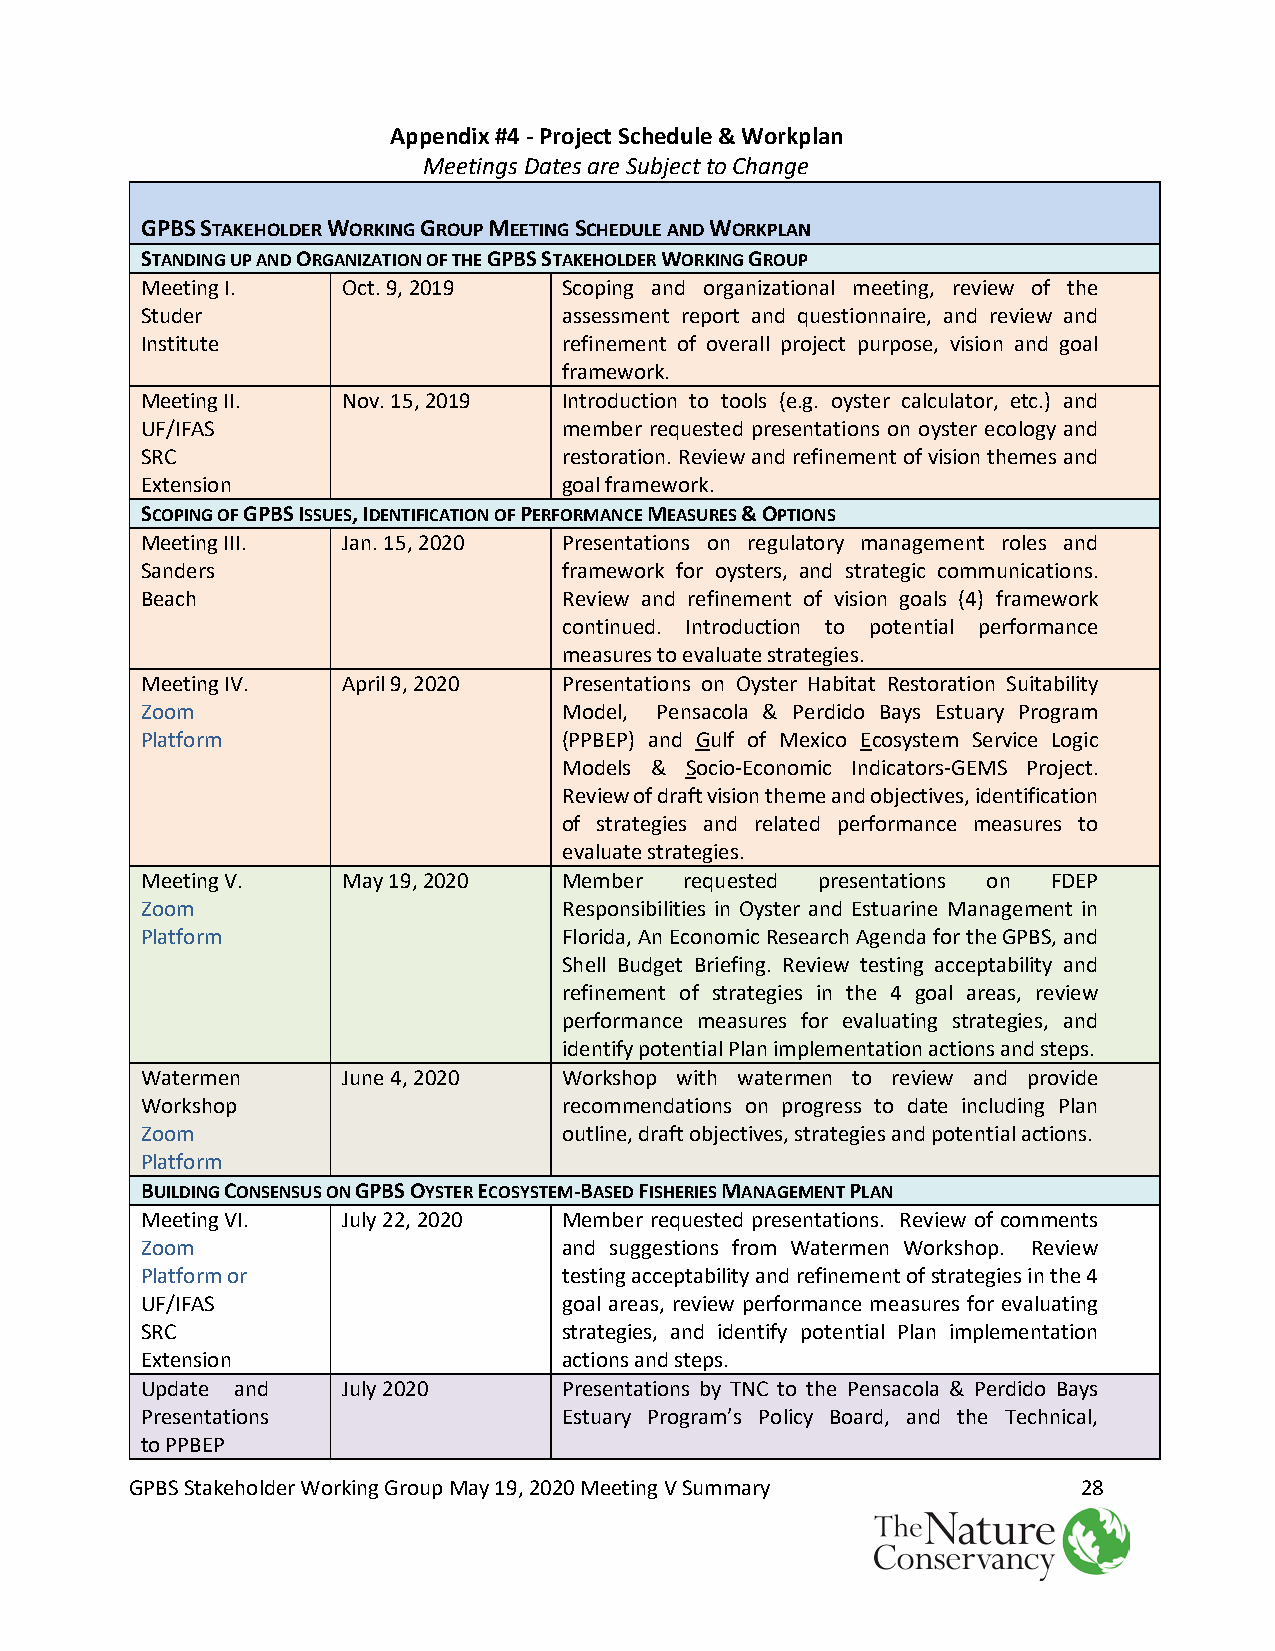
Appendix #4 - Project Schedule & Workplan
 Meetings Dates are Subject to Change
 GPBS STAKEHOLDER WORKING GROUP MEETING SCHEDULE AND WORKPLAN
 STANDING UP AND ORGANIZATION OF THE GPBS STAKEHOLDER WORKING GROUP
 Meeting I.    Oct. 9, 2019  Scoping and organizational meeting, review of the
 Studer                      assessment report and questionnaire, and review and
 Institute                   refinement of overall project purpose, vision and goal
 framework.
 Meeting II.   Nov. 15, 2019 Introduction to tools (e.g. oyster calculator, etc.) and
 UF/IFAS                     member requested presentations on oyster ecology and
 SRC                         restoration. Review and refinement of vision themes and
 Extension                   goal framework.
 SCOPING OF GPBS ISSUES, IDENTIFICATION OF PERFORMANCE MEASURES & OPTIONS
 Meeting III.  Jan. 15, 2020 Presentations on regulatory management roles and
 Sanders                     framework for oysters, and strategic communications.
 Beach                       Review and refinement of vision goals (4) framework
 continued. Introduction to potential performance
 measures to evaluate strategies.
 Meeting IV.   April 9, 2020 Presentations on Oyster Habitat Restoration Suitability
 Zoom                        Model, Pensacola & Perdido Bays Estuary Program
 Platform                    (PPBEP) and Gulf of Mexico Ecosystem Service Logic
 Models & Socio-Economic Indicators-GEMS Project.
 Review of draft vision theme and objectives, identification
 of strategies and related performance measures to
 evaluate strategies.
 Meeting V.    May 19, 2020  Member  requested presentations on FDEP
 Zoom                        Responsibilities in Oyster and Estuarine Management in
 Platform                    Florida, An Economic Research Agenda for the GPBS, and
 Shell Budget Briefing. Review testing acceptability and
 refinement of strategies in the 4 goal areas, review
 performance measures for evaluating strategies, and
 identify potential Plan implementation actions and steps.
 Watermen      June 4, 2020  Workshop with watermen to review and provide
 Workshop                    recommendations on progress to date including Plan
 Zoom                        outline, draft objectives, strategies and potential actions.
 Platform
 BUILDING CONSENSUS ON GPBS OYSTER ECOSYSTEM-BASED FISHERIES MANAGEMENT PLAN
 Meeting VI.   July 22, 2020 Member requested presentations. Review of comments
 Zoom                        and suggestions from Watermen Workshop. Review
 Platform or                 testing acceptability and refinement of strategies in the 4
 UF/IFAS                     goal areas, review performance measures for evaluating
 SRC                         strategies, and identify potential Plan implementation
 Extension                   actions and steps.
 Update and    July 2020     Presentations by TNC to the Pensacola & Perdido Bays
 Presentations               Estuary Program’s Policy Board, and the Technical,
 to PPBEP
 GPBS Stakeholder Working Group May 19, 2020 Meeting V Summary  28